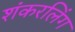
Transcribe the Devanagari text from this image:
शंकरलिंग